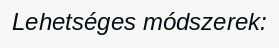
Lehetséges módszerek: